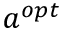
a ^ { o p t }